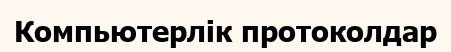
Компьютерлік протоколдар